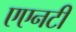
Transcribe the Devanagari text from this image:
एएनटी